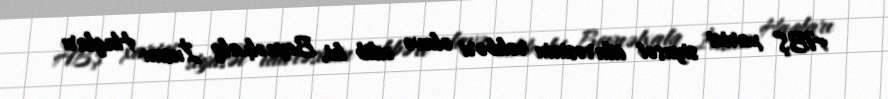
ABŞ xarici siyasət idarəsinin rəhbəri əlavə edib ki, Beynəlxalq İnsan Haqları